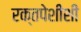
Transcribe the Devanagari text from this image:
रक्तपेशींशी